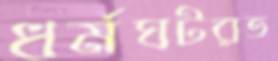
ধর্মঘটরত